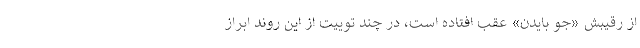
از رقیبش «جو بایدن» عقب افتاده است، در چند توییت از این روند ابراز